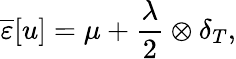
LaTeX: \overline{\varepsilon}[u]=\mu+\frac{\lambda}{2}\otimes\delta_{T},